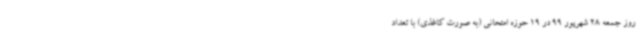
روز جمعه 28 شهریور 99 در 19 حوزه‌ امتحانی (به صورت کاغذی) با تعداد